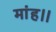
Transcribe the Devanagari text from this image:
मांह।।